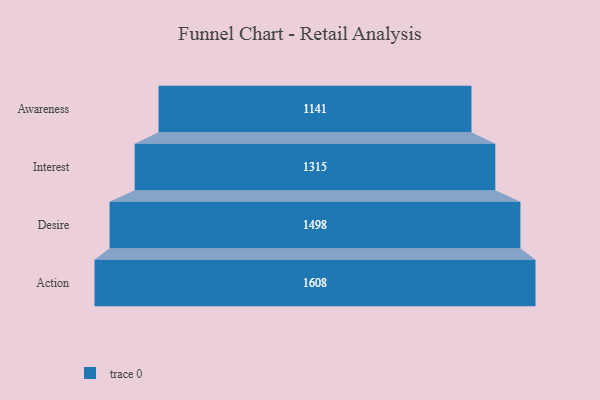
{"axis": {"x": "Stage", "y": "Value"}, "legend": [""], "data": [{"x": "Awareness", "y": 1141.0, "type": ""}, {"x": "Interest", "y": 1315.0, "type": ""}, {"x": "Desire", "y": 1498.0, "type": ""}, {"x": "Action", "y": 1608.0, "type": ""}]}